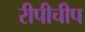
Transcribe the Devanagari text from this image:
रीपीचीप